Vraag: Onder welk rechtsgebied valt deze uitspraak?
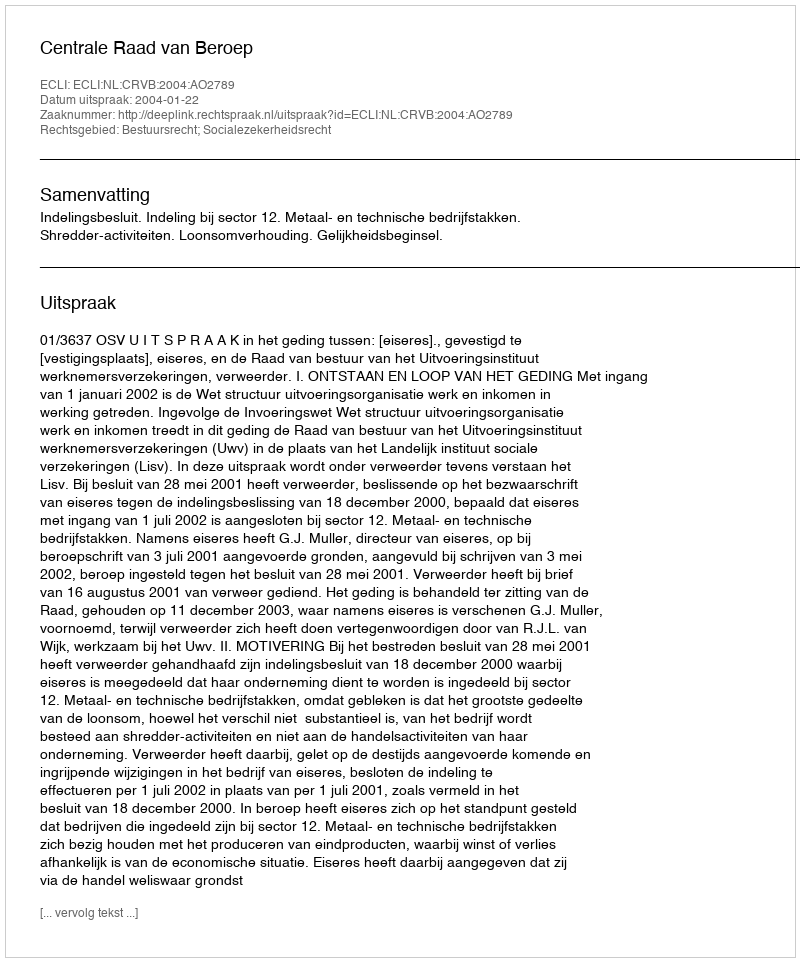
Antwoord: Bestuursrecht; Socialezekerheidsrecht